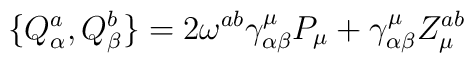
\{Q^a_\alpha,Q^b_\beta\}=2\omega^{ab}\gamma_{\alpha\beta}^\mu P_\mu+ \gamma_{\alpha\beta}^\mu Z^{ab}_\mu